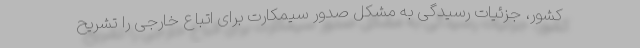
کشور، جزئیات رسیدگی به مشکل صدور سیمکارت برای اتباع خارجی را تشریح